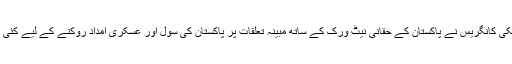
بعد ازاں امریکی کانگریس نے پاکستان کے حقانی نیٹ ورک کے ساتھ مبینہ تعلقات پر پاکستان کی سول اور عسکری امداد روکنے کے لیے کئی اقدامات کیے۔